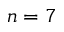
n = 7